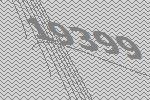
19399